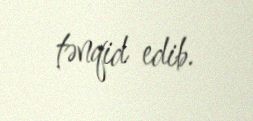
tənqid edib.